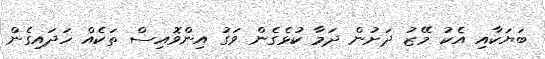
ބަޔަކާއި އެކު މޭޒު ދަށުން ދަމާ ކުޅެގެން ވަގު އިންވޮއިސް ތަކެއް ހަދައިގެން